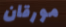
مورقان